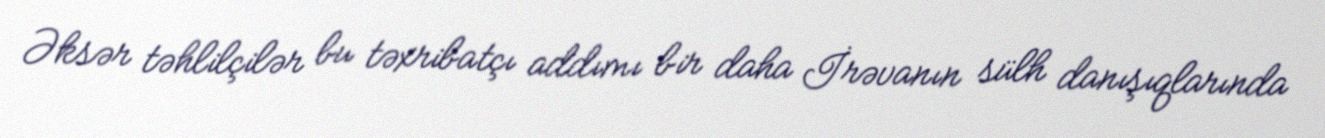
Əksər təhlilçilər bu təxribatçı addımı bir daha İrəvanın sülh danışıqlarında